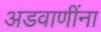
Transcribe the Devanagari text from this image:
अडवाणींना